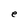
Character: e